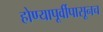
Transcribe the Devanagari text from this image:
होण्यापूर्वीपासूनच